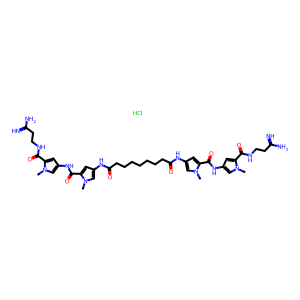
SMILES: Cl.Cn1cc(NC(=O)c2cc(NC(=O)CCCCCCCC(=O)Nc3cc(C(=O)Nc4cc(C(=O)NCCC(=N)N)n(C)c4)n(C)c3)cn2C)cc1C(=O)NCCC(=N)N
Inhibits HIV replication: Yes